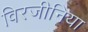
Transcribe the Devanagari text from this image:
विरजीनिया